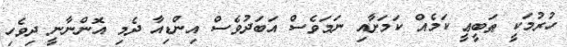
ހުރުމަކީ ޠަބީޢީ ކަމެއް ކަމަށާއި ނަމަވެސް އަބަދުވެސް އިންޑިއާ ދެމި އޮންނާނީ ދިވެހި